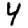
Digit: 4